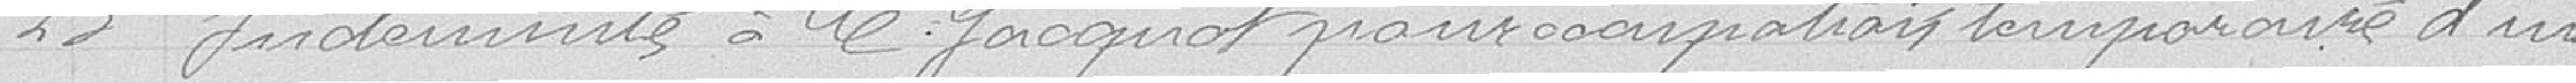
23 Indemnité à M. Jacquot pour occupation temporaire d'un